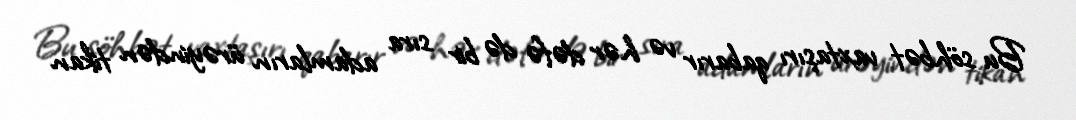
Bu söhbət vaxtaşırı qabarır və hər dəfə də bir sıra adamların ürəyindən tikan